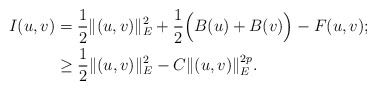
\begin{align*}I(u,v)&=\frac{1}{2}\|(u,v)\|_{E}^{2}+\frac{1}{2}\Big(B(u)+B(v)\Big)-F(u,v);\\&\geq\frac{1}{2}\|(u,v)\|_{E}^{2}-C\|(u,v)\|_{E}^{2p}.\end{align*}